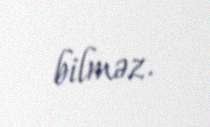
bilməz.